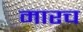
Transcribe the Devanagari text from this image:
मारच